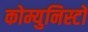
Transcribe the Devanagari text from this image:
कोम्युनिस्टों